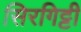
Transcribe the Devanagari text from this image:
सिरगिट्टी